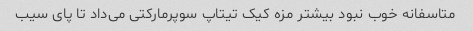
متاسفانه خوب نبود بیشتر مزه کیک تیتاپ سوپر‌مارکتی می‌داد تا پای سیب